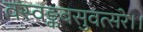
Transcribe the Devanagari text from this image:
वस्वङ्कबसुवत्सरे।।